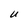
Character: U